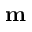
\mathbf { m }